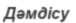
Дәмдісу